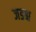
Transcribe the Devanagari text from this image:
जडश्च